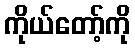
ကိုယ်တော့်ကို